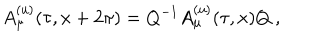
A _ { \mu } ^ { \mathrm { ( u ) } } ( \tau , x + 2 \pi ) = Q ^ { - 1 } A _ { \mu } ^ { \mathrm { ( u ) } } ( \tau , x ) Q ~ ,